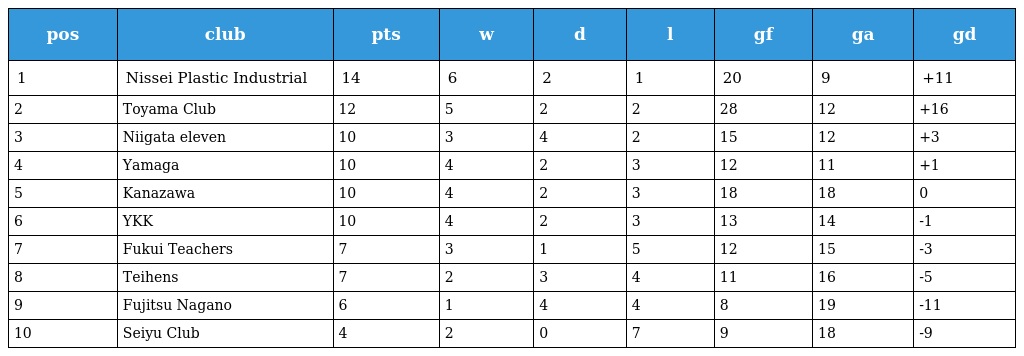
| pos | club | pts | w | d | l | gf | ga | gd |
 | --- | --- | --- | --- | --- | --- | --- | --- | --- |
 | 1 | Nissei Plastic Industrial | 14 | 6 | 2 | 1 | 20 | 9 | +11 |
 | 2 | Toyama Club | 12 | 5 | 2 | 2 | 28 | 12 | +16 |
 | 3 | Niigata eleven | 10 | 3 | 4 | 2 | 15 | 12 | +3 |
 | 4 | Yamaga | 10 | 4 | 2 | 3 | 12 | 11 | +1 |
 | 5 | Kanazawa | 10 | 4 | 2 | 3 | 18 | 18 | 0 |
 | 6 | YKK | 10 | 4 | 2 | 3 | 13 | 14 | -1 |
 | 7 | Fukui Teachers | 7 | 3 | 1 | 5 | 12 | 15 | -3 |
 | 8 | Teihens | 7 | 2 | 3 | 4 | 11 | 16 | -5 |
 | 9 | Fujitsu Nagano | 6 | 1 | 4 | 4 | 8 | 19 | -11 |
 | 10 | Seiyu Club | 4 | 2 | 0 | 7 | 9 | 18 | -9 |